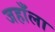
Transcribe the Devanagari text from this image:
जहाँला